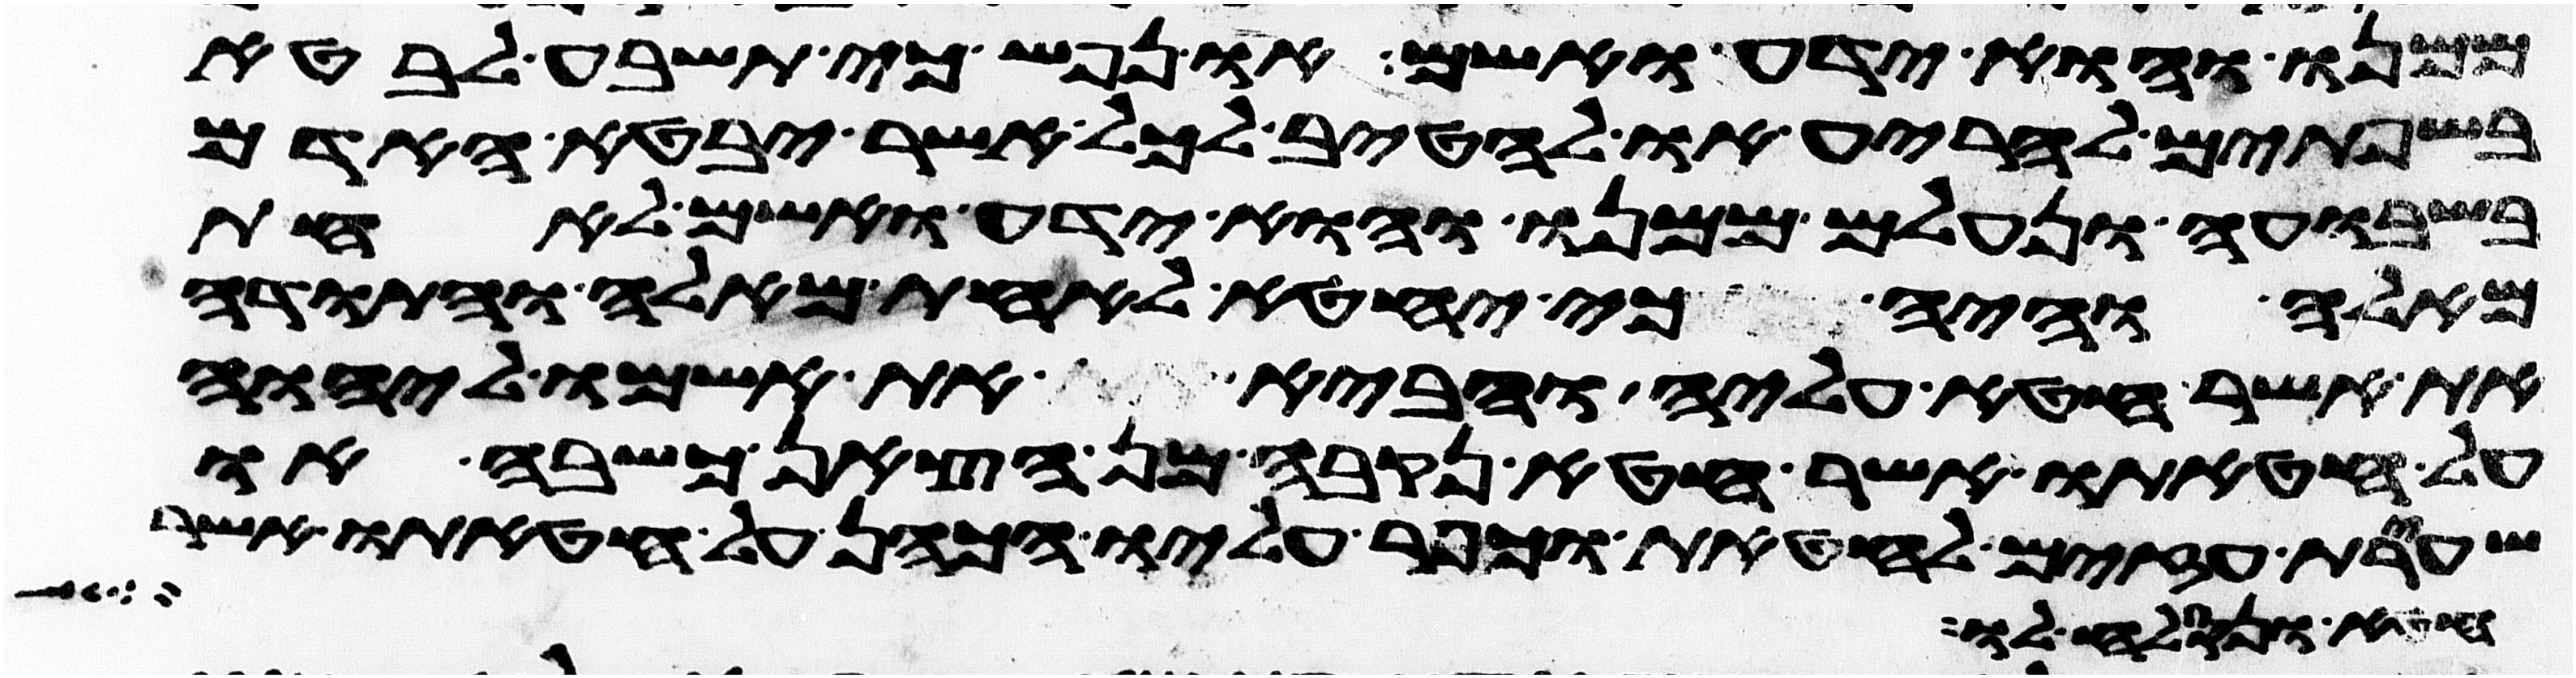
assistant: ממנו והוא ידע ואשם ונפש כי תשבע לבטא
בשפתים להריע או להטיב לכל אשר יבטא האדם
בשבועה ונעלם ממנו והוא ידע ואשם לאחת
מאלה והיה כי יחטא לאחת מאלה והתודה
את אשר חטא עליה והביא את אשמו ליהוה
על חטאתו אשר חטא נקבה מן הצאן כשבה או
שעירת עזים לחטאת וכפר עליו הכהן על חטאתו אשר
חטא ונסלח לו ואם